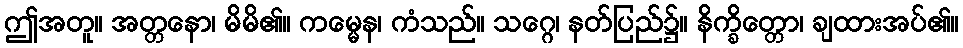
ဤအတူ။ အတ္တနော၊ မိမိ၏။ ကမ္မေန၊ ကံသည်။ သဂ္ဂေ၊ နတ်ပြည်၌။ နိက္ခိတ္တော၊ ချထားအပ်၏။